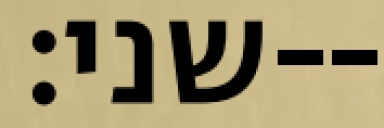
שני׃--